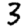
Digit: 3